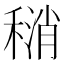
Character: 𫁄